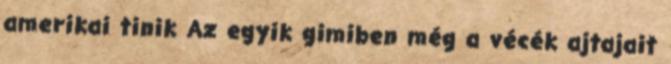
amerikai tinik Az egyik gimiben még a vécék ajtajait